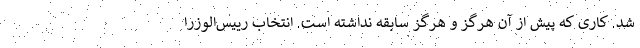
شد. کاری که پیش از آن هرگز و هرگز سابقه نداشته است. انتخاب رییس‌الوزرا